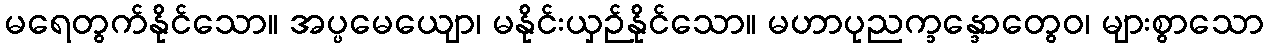
မရေတွက်နိုင်သော။ အပ္ပမေယျော၊ မနိုင်းယှဉ်နိုင်သော။ မဟာပုညက္ခန္ဒောတွေဝ၊ များစွာသော